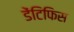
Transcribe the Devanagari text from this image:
डेंटिफिस